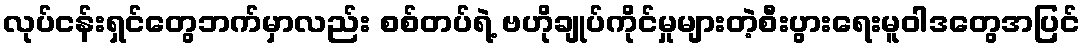
လုပ်ငန်းရှင်တွေဘက်မှာလည်း စစ်တပ်ရဲ့ ဗဟိုချုပ်ကိုင်မှုများတဲ့စီးပွားရေးမူဝါဒတွေအပြင်